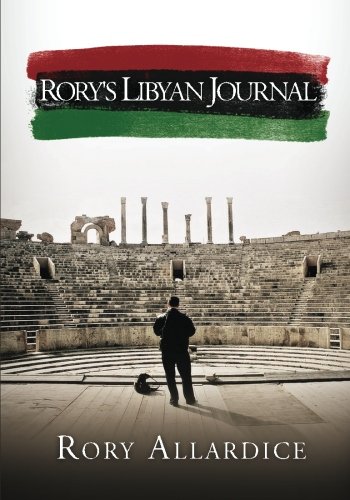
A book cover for Rory's Libyan Journal; Rory Allardice; Travel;